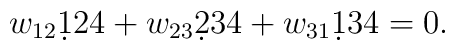
w_{12} \d124 + w_{23} \d234  + w_{31} \d 134 = 0.